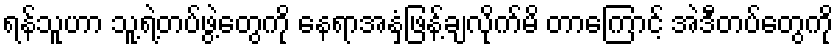
ရန်သူဟာ သူ့ရဲ့တပ်ဖွဲ့တွေကို နေရာအနှံ့ဖြန့်ချလိုက်မိ တာကြောင့် အဲဒီတပ်တွေကို